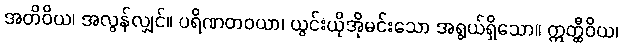
အတိဝိယ၊ အလွန်လျှင်။ ပရိဏတဝယာ၊ ယွင်းယိုအိုမင်းသော အရွယ်ရှိသော။ ဣတ္ထီဝိယ၊